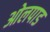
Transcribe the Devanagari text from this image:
ओलपाड